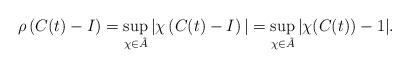
LaTeX: \begin{align*}\rho\left(C(t)-I\right)=\sup_{\chi\in\hat{A}}|\chi\left(C(t)-I\right)|=\sup_{\chi\in\hat{A}} |\chi(C(t))-1|.\end{align*}